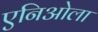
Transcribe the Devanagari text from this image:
एनिओला